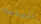
المصلحة